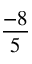
\frac { - 8 } { 5 }